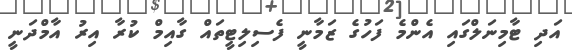
އަދި ޓާމިނަލްގައި އެންމެ ފަހުގެ ޒަމާނީ ފެސިލިޓީތައް ގާއިމް ކުރާ އިރު އާމްދަނީ